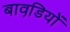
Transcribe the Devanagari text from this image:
बावडि़यों